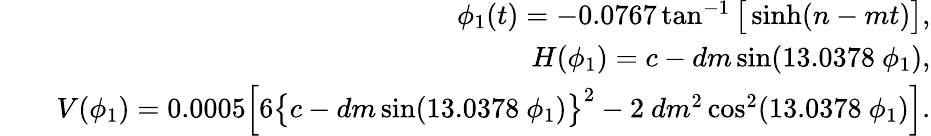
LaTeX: \begin{array}{rlr}&{}&{\phi_{1}(t)=-0.0767\tan^{-1}\big[\sinh(n-mt)\big],}\\ &{}&{H(\phi_{1})=c-dm\sin(13.0378~\phi_{1}),}\\ &{}&{V(\phi_{1})=0.0005\Big[6\big\{ c-dm\sin(13.0378~\phi_{1})\big\} ^{2}-2~dm^{2}\cos^{2}(13.0378~\phi_{1})\Big].}\end{array}